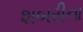
શબરીના